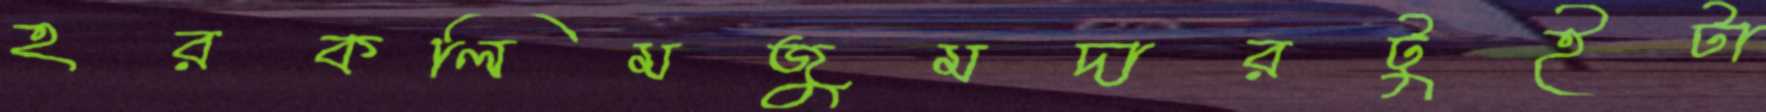
হরকলিমজুমদারটুইটা